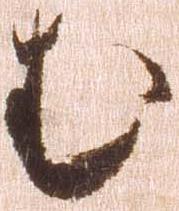
む